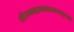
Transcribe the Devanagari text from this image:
श्रीरामभद्रभवभावनभानुभानो